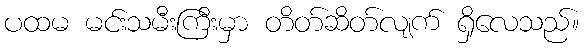
ပထမ မင်းသမီးကြီးမှာ တိတ်ဆိတ်လျက် ရှိလေသည်။